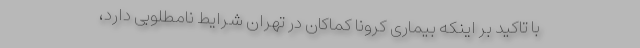
با تاکید بر اینکه بیماری کرونا کماکان در تهران شرایط نامطلوبی دارد،